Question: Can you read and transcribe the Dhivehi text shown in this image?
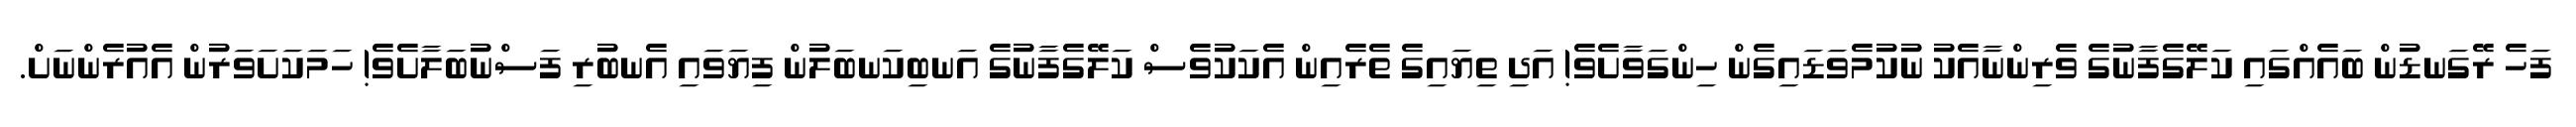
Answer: ފަހެ ރޭގަނޑުން ބައެއްގައި ކަލޭގެފާނުގެ ވެރިންނާއެކު ނުކުމެވަޑައިގެން ހިންގަވާށެވެ! އަދި ތިޔައިގެ ތެރެއިން އެކަކުވެސް ކަލޭގެފާނުގެ އަނބިކަނބަލުން ފިޔަވައި އެނބުރި ފަސްނުބަލާށެވެ! ހަމަކަށަވަރުން އެއުރެންނަށް.